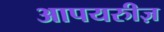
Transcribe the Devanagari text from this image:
आपयरुीज़